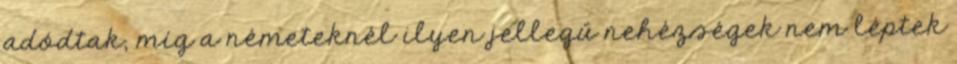
adódtak, míg a németeknél ilyen jellegű nehézségek nem léptek